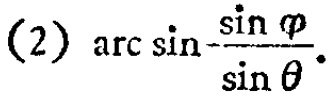
\((2)\ \arcsin\frac{\sin\varphi}{\sin\theta}\)